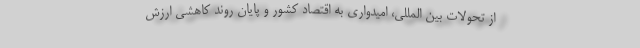
از تحولات بین المللی، امیدواری به اقتصاد کشور و پایان روند کاهشی ارزش